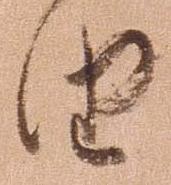
由